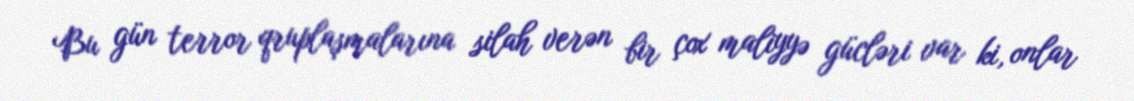
Bu gün terror qruplaşmalarına silah verən bir çox maliyyə gücləri var ki, onlar